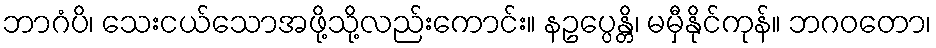
ဘာဂံပိ၊ သေးငယ်သောအဖို့သို့လည်းကောင်း။ နဥပ္ပေန္တိ၊ မမှီနိုင်ကုန်။ ဘဂဝတော၊